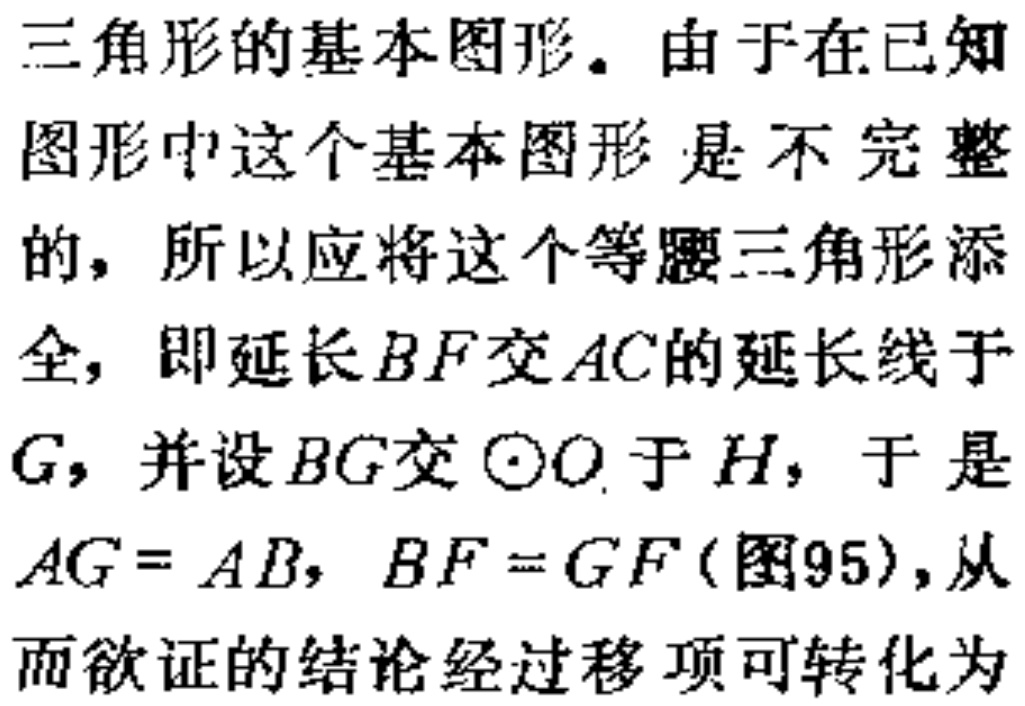
三角形的基本图形。由于在已知

图形中这个基本图形是不完整

的，所以应将这个等腰三角形添

全，即延长\(BF\)交\(AC\)的延长线于

\(G\)，并设\(BG\)交\(\odot O\)于\(H\)，于是

\(AG = AB\)，\(BF = GF\)(图95)，从

而欲证的结论经过移项可转化为